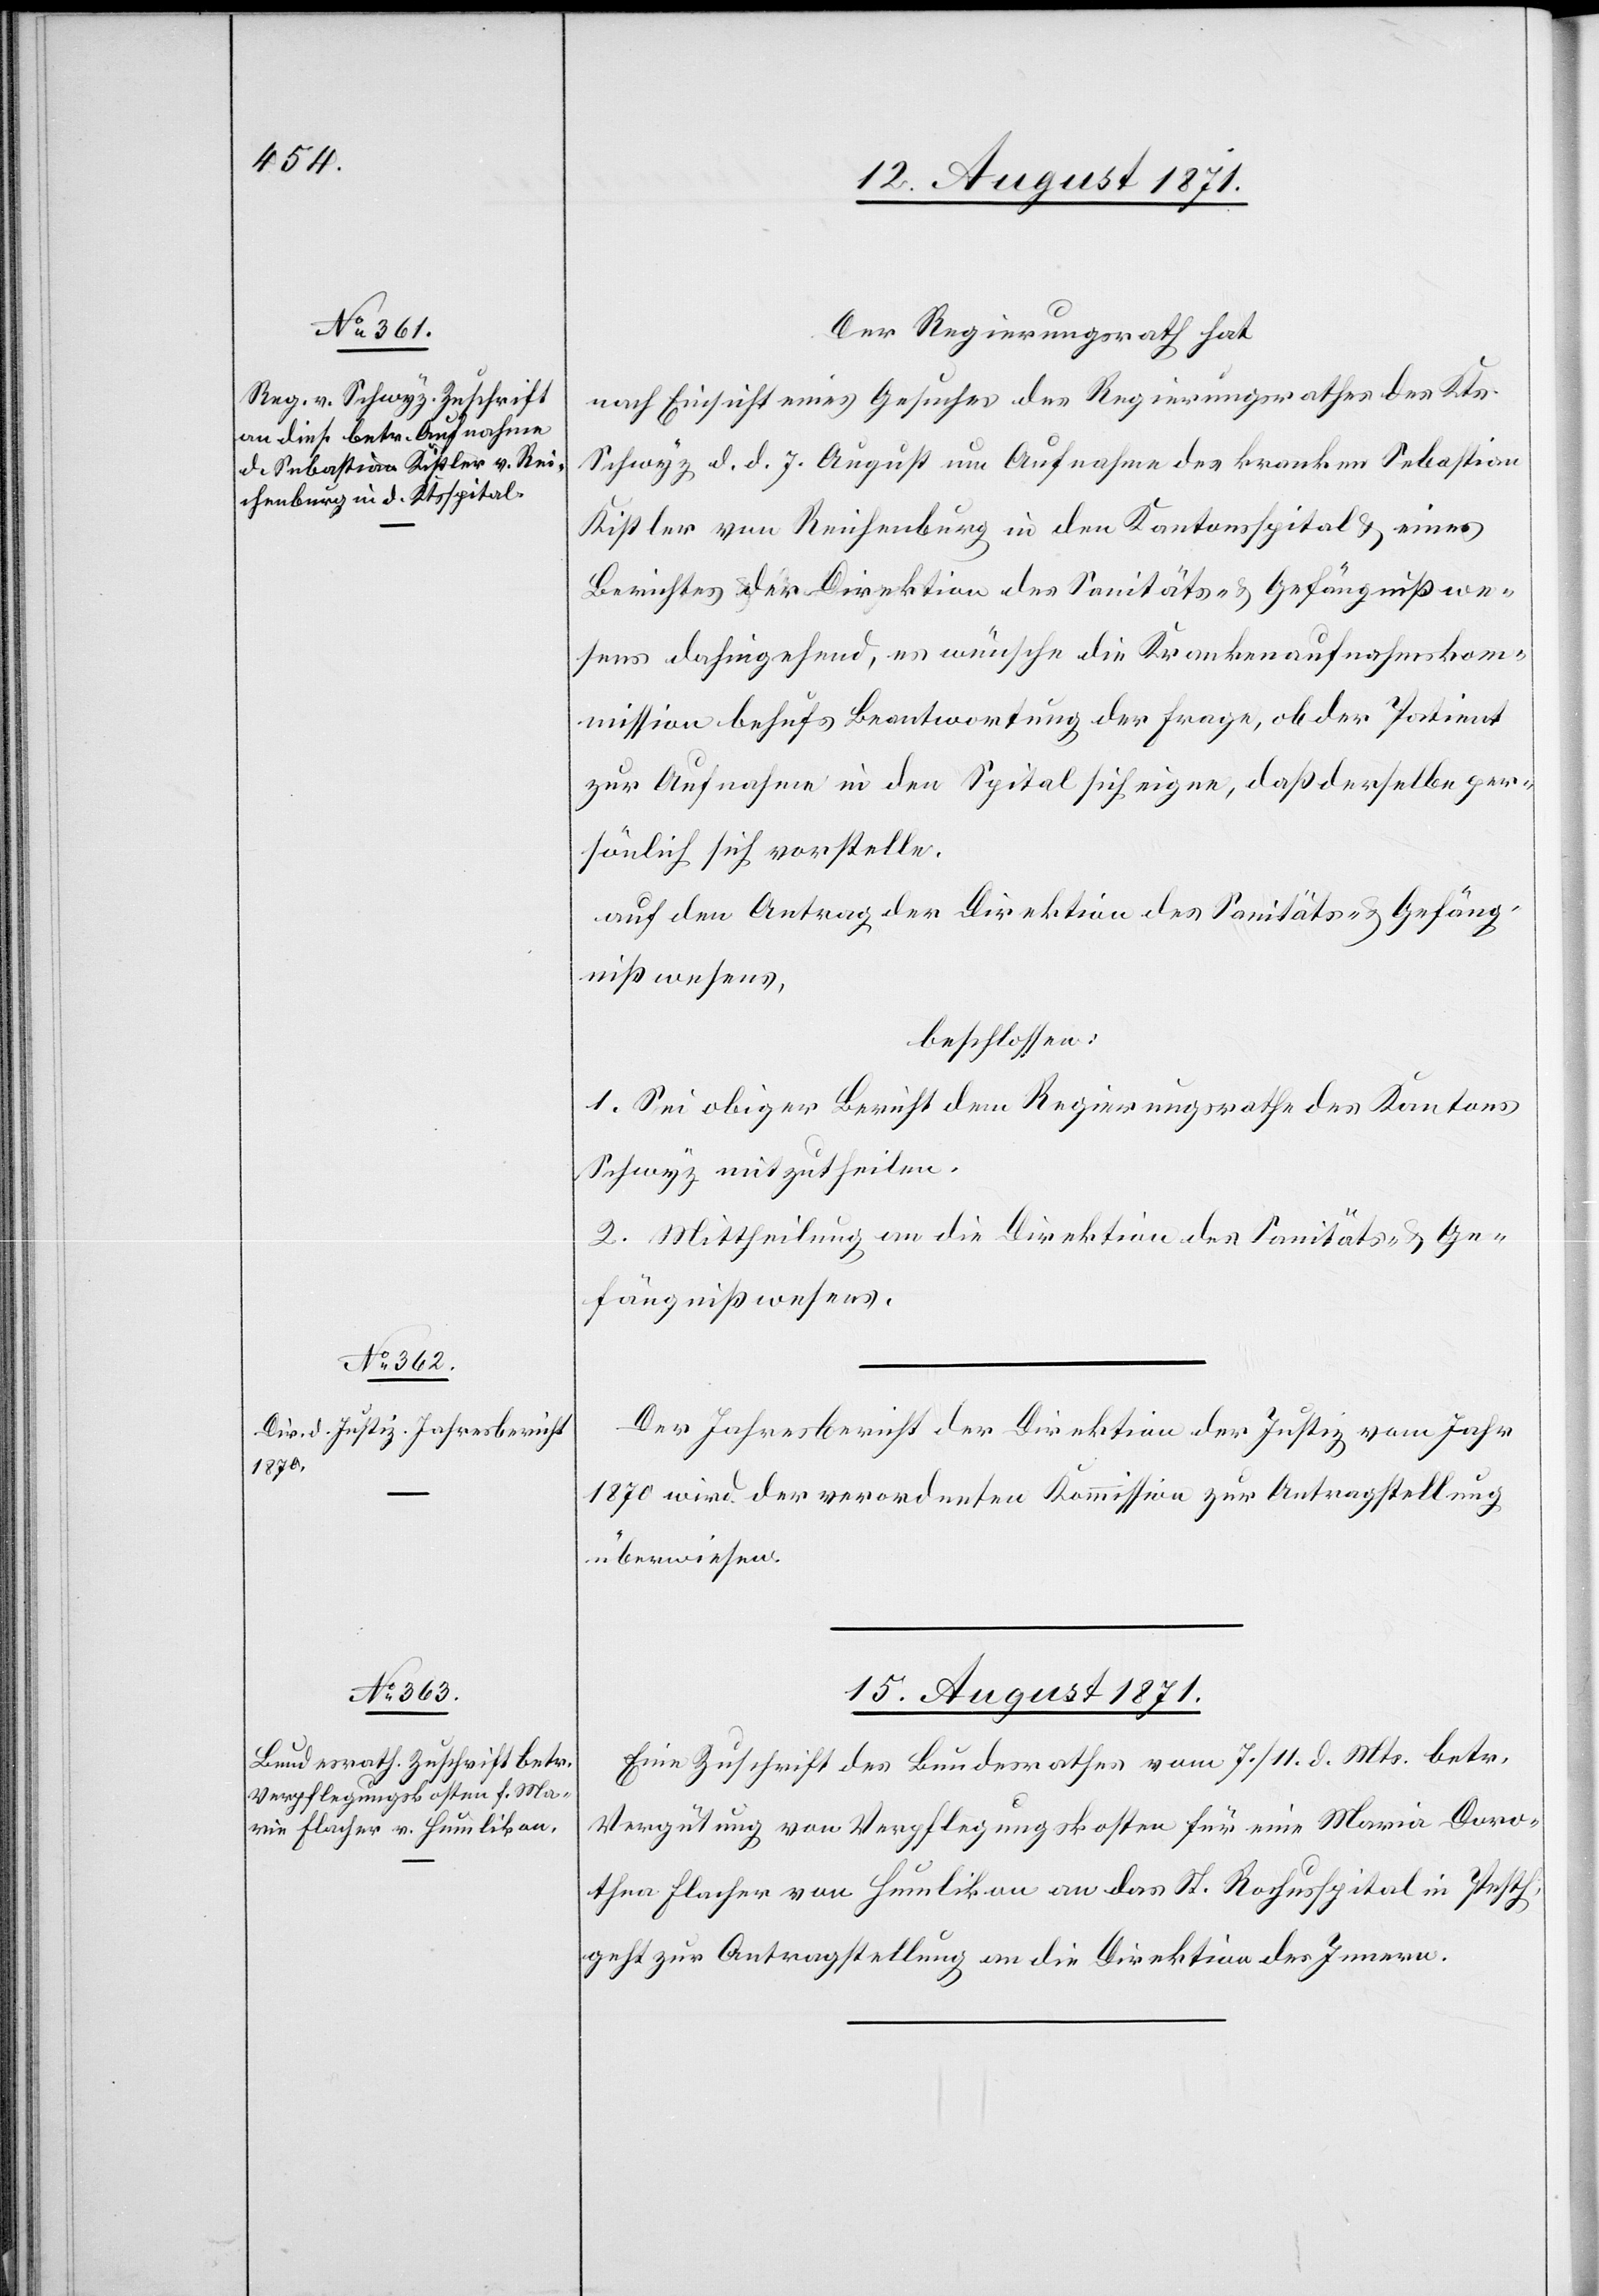
12. August 1871.]
Der Regierungsrath hat
nach Einsicht eines Gesuches des Regierungsrathes des Kts.
Schwyz d. d. 7. August um Aufnahme des kranken Sebastian
Kistler von Reichenburg in den Kantonsspital & eines
Berichtes der Direktion des Sanitäts- & Gefängnißwe¬
sens dahingehend, es wünsche die Krankenaufnahmskom¬
mission behufs Beantwortung der Frage, ob der Patient
zur Aufnahme in den Spital sich eigne, daß derselbe per¬
sönlich sich vorstelle,
auf den Antrag der Direktion des Sanitäts- & Gefäng¬
nißwesens,
beschloßen:
1. Sei obiger Bericht dem Regierungsrathe des Kantons
Schwyz mitzutheilen.
2. Mittheilung an die Direktion des Sanitäts- & Ge¬
fängnißwesens.
Der Jahresbericht der Direktion der Justiz vom Jahr
1870 wird der verordneten Kommission zur Antragstellung
überwiesen.
15. August 1871.
Eine Zuschrift des Bundesrathes vom 7./11. d. Mts. betr.
Vergütung von Verpflegungskosten für eine Marie Doro¬
thea Flacher von Humlikon an das St. Rochusspital in Pesth
geht zur Antragstellung an die Direktion des Innern.